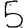
Digit: 5